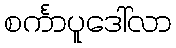
စင်္ကာပူဒေါ်လာ